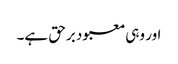
اور وہی معبود برحق ہے۔